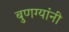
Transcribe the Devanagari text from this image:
बुणग्यांनी